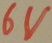
Text: 6V